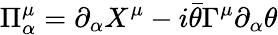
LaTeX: \Pi_{\alpha}^{\mu}=\partial_{\alpha}X^{\mu}-i\bar{\theta}\Gamma^{\mu}\partial_{\alpha}\theta